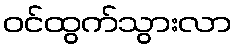
ဝင်ထွက်သွားလာ